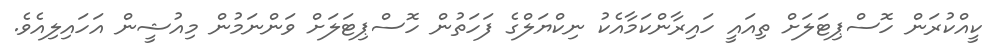
ކީއްކުރަން ހޮސްޕިޓަލަށް ތިއައީ ހައިރާންކަމާއެކު ނިކްޔަލްގެ ފަހަތުން ހޮސްޕިޓަލަށް ވަންނަމުން މިއުޝީން އަހައިލިއެވެ.